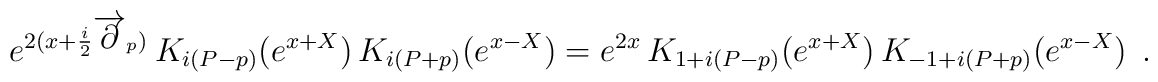
e^{2(x+{\frac{i}{2}}\overrightarrow{\partial }_{p})}\,K_{i\left(P-p\right)}(e^{x+X})\,K_{i\left( P+p\right) }(e^{x-X})=e^{2x}\,K_{1+i\left(P-p\right)}(e^{x+X})\,K_{-1+i\left( P+p\right) }(e^{x-X})\,\;.